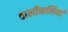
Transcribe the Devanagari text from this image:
वालीनलियां